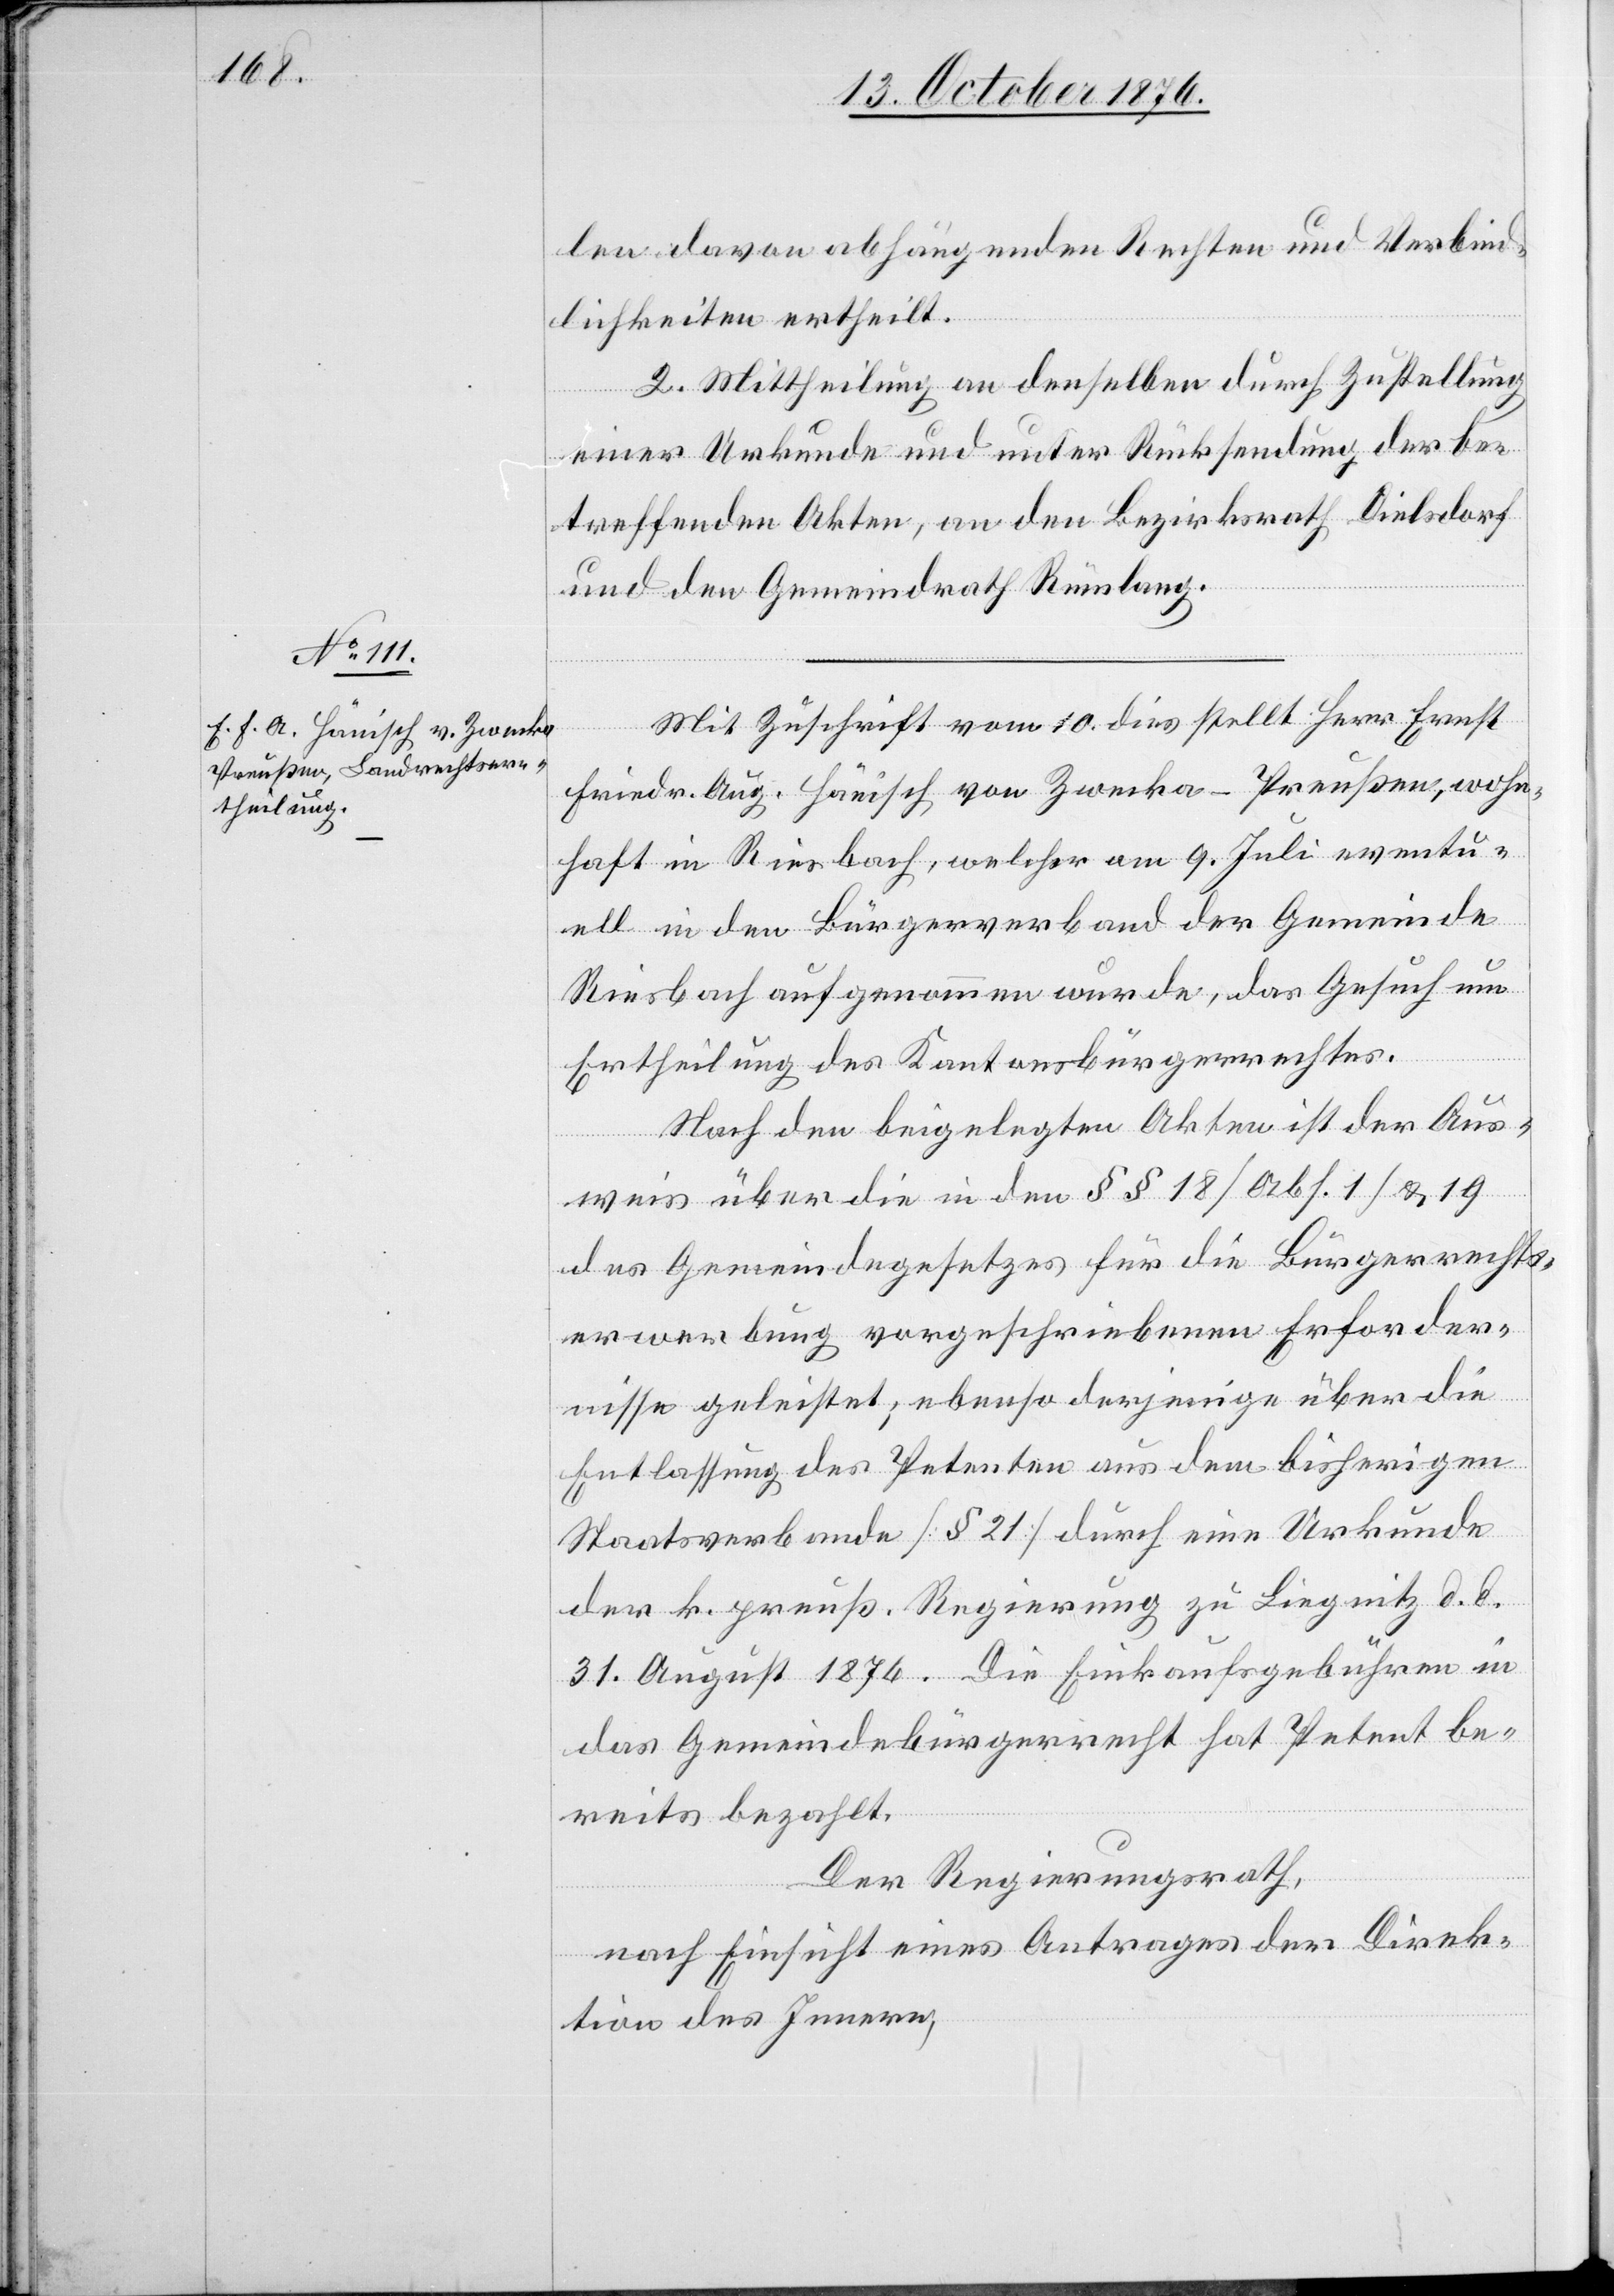
len davon abhängenden Rechten und Verbind¬
lichkeiten ertheilt.
2. Mittheilung an denselben durch Zustellung
einer Urkunde und unter Rücksendung der be¬
treffenden Akten, an den Bezirksrath Dielsdorf
und den Gemeindrath Rümlang.
Mit Zuschrift vom 10. dies stellt Herr Ernst
Friedr. Aug. Hänisch von Zwecka - Preußen, wohn¬
haft in Riesbach, welcher am 9. Juli eventu¬
ell in den Bürgerverband der Gemeinde
Riesbach aufgenommen wurde, das Gesuch um
Ertheilung des Kantonsbürgerrechtes.
Nach den beigelegten Akten ist der Aus¬
weis über die in den §§ 18 [Abs. 1] & 19
des Gemeindegesetzes für die Bürgerrechts¬
erwerbung vorgeschriebenen Erforder¬
nisse geleistet; ebenso derjenige über die
Entlassung des Petenten aus dem bisherigen
Staatsverbande [§ 21] durch eine Urkunde
der k. preuß. Regierung zu Liegnitz d. d.
31. August 1876. Die Einkaufsgebühren in
das Gemeindebürgerrecht hat Petent be¬
reits bezahlt.
Der Regierungsrath,
nach Einsicht eines Antrages der Direk¬
tion des Innern,